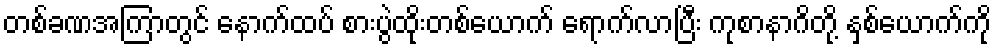
တစ်ခဏအကြာတွင် နောက်ထပ် စားပွဲထိုးတစ်ယောက် ရောက်လာပြီး ကုစာနာဂိတို့ နှစ်ယောက်ကို